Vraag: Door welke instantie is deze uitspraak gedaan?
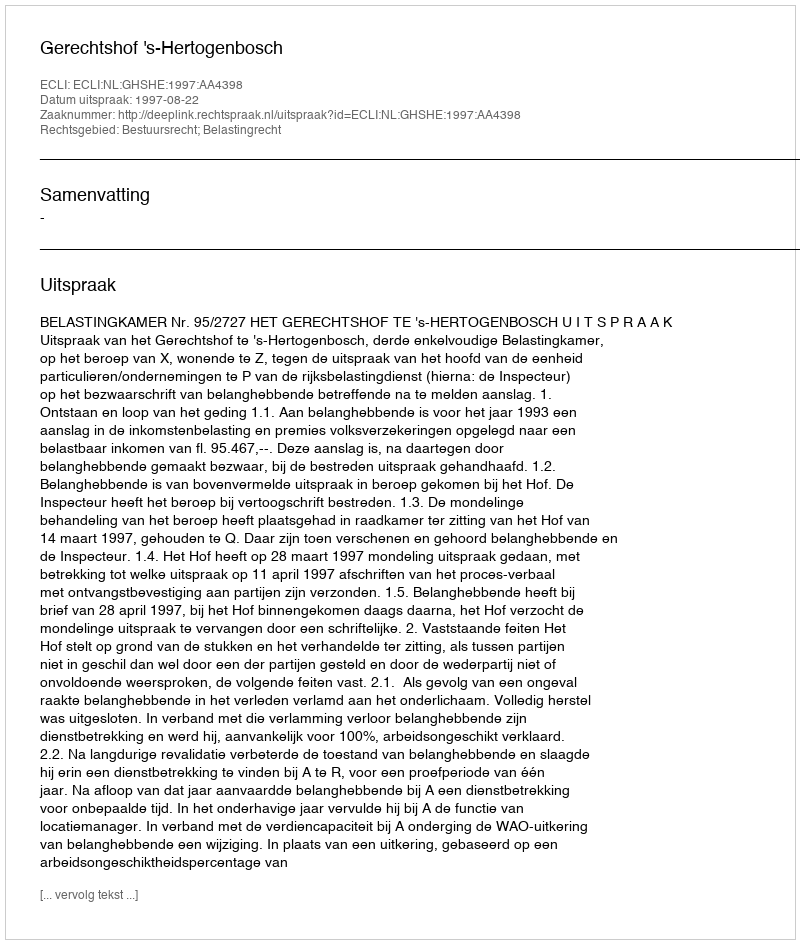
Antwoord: Gerechtshof 's-Hertogenbosch